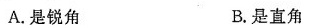
A.是锐角 B.是直角